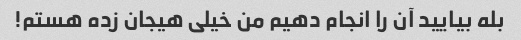
بله بیایید آن را انجام دهیم من خیلی هیجان زده هستم!